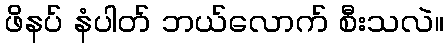
ဖိနပ် နံပါတ် ဘယ်လောက် စီးသလဲ။